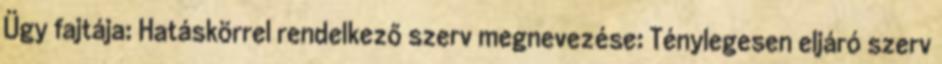
Ügy fajtája: Hatáskörrel rendelkező szerv megnevezése: Ténylegesen eljáró szerv